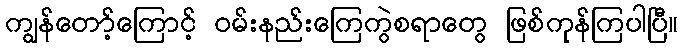
ကျွန်တော့်ကြောင့် ဝမ်းနည်းကြေကွဲစရာတွေ ဖြစ်ကုန်ကြပါပြီ။